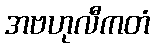
အဗဟုလီကတံ